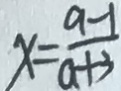
x = \frac { a - 1 } { a + 3 }